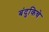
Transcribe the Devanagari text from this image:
बंदुकिचे